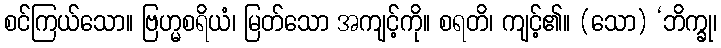
စင်ကြယ်သော။ ဗြဟ္မစရိယံ၊ မြတ်သော အကျင့်ကို။ စရတိ၊ ကျင့်၏။ (သော) ‘ဘိက္ခု၊